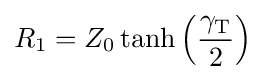
R_{1}=Z_{0}\tanh \left({\frac {\gamma _{\mathrm {T} }}{2}}\right)